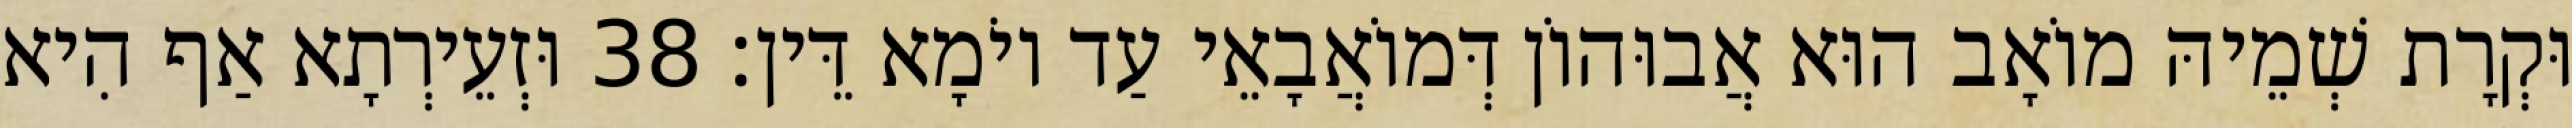
וּקְרָת שְׁמֵיהּ מוֹאָב הוּא אֲבוּהוֹן דְּמוֹאֲבָאֵי עַד יוֹמָא דֵּין׃ 38 וּזְעֵירְתָא אַף הִיא